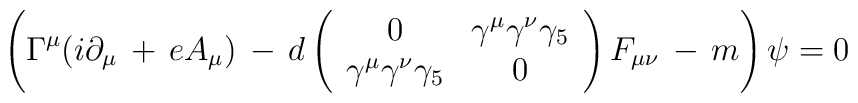
\left( \Gamma^{\mu} (i\partial_{\mu} \,+\, eA_{\mu}) \,-\, d\left(\begin{array}{cc}0 &\gamma^{\mu}\gamma^{\nu}\gamma_{5} \\\gamma^{\mu}\gamma^{\nu}\gamma_{5} &0\end{array} \right)F_{\mu \nu} \,-\, m\right) \psi = 0